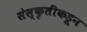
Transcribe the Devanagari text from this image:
संस्कृतींकडून